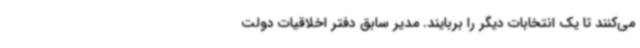
می‌کنند تا یک انتخابات دیگر را بربایند. مدیر سابق دفتر اخلاقیات دولت